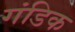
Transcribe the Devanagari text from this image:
गंडिक